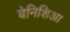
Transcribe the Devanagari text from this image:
बेनिशिआ